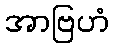
အာဗြဟံ